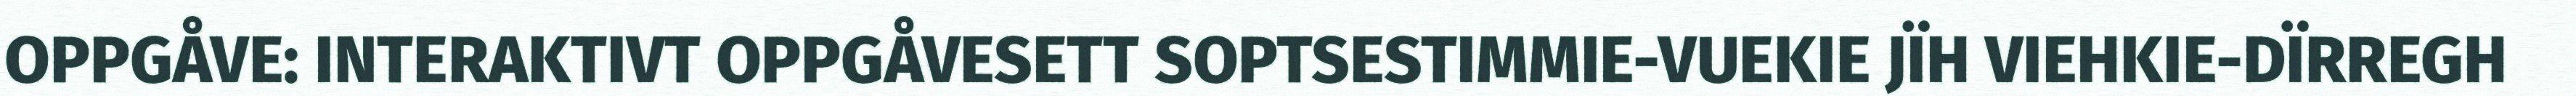
OPPGÅVE: INTERAKTIVT OPPGÅVESETT SOPTSESTIMMIE-VUEKIE JÏH VIEHKIE-DÏRREGH